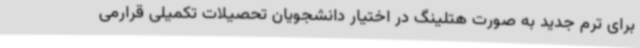
برای ترم جدید به صورت هتلینگ در اختیار دانشجویان تحصیلات تکمیلی قرارمی